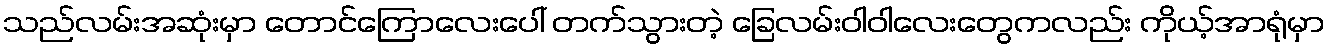
သည်လမ်းအဆုံးမှာ တောင်ကြောလေးပေါ် တက်သွားတဲ့ ခြေလမ်းဝါဝါလေးတွေကလည်း ကိုယ့်အာရုံမှာ